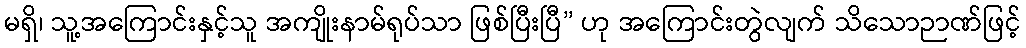
မရှိ၊ သူ့အကြောင်းနှင့်သူ အကျိုးနာမ်ရုပ်သာ ဖြစ်ပြီးပြီ” ဟု အကြောင်းတွဲလျက် သိသောဉာဏ်ဖြင့်